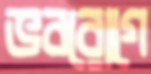
ভবরোগে